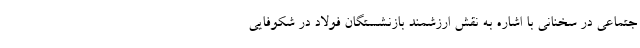
جتماعی در سخنانی با اشاره به نقش ارزشمند بازنشستگان فولاد در شکوفایی